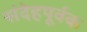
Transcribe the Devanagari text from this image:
संदेहपूर्वक